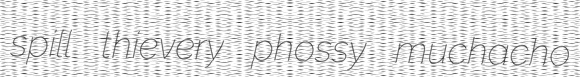
spill thievery phossy muchacho